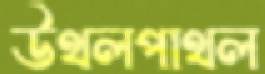
উথলপাথল